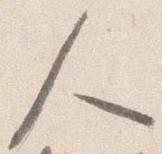
人